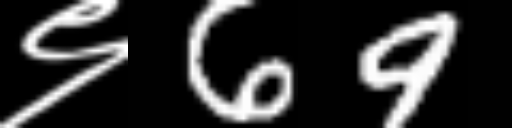
Text: ९69